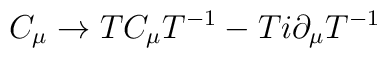
C_\mu \rightarrow T C_\mu T^{-1} - T i\partial_\mu T^{-1}